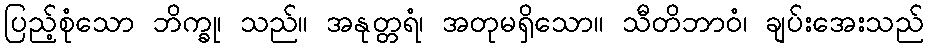
ပြည့်စုံသော ဘိက္ခု၊ သည်။ အနုတ္တရံ၊ အတုမရှိသော။ သီတိဘာဝံ၊ ချပ်းအေးသည်